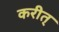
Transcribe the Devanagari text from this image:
करीत्